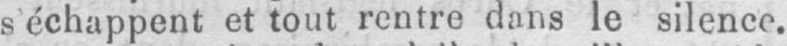
s’échappent et tout rentre dans le silence.